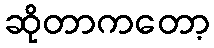
ဆိုတာကတော့